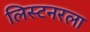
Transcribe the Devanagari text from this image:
लिस्टनरला